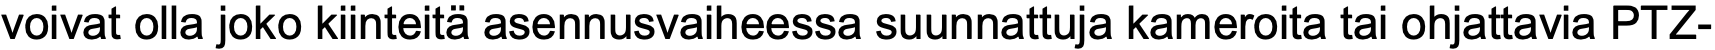
voivat olla joko kiinteitä asennusvaiheessa suunnattuja kameroita tai ohjattavia PTZ-